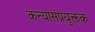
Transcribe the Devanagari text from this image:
कन्यासंप्रयु्क्तक